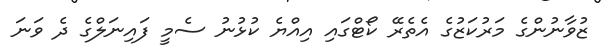
ޒުވާނުންގެ މަރުކަޒުގެ އެތެރޭ ކޯޓްގައި އިއްޔެ ކުޅުނު ސެމީ ފައިނަލްގެ ދެ ވަނަ